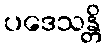
ပဒေသန္တိ